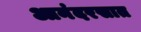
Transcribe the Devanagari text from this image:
आनंदरसात